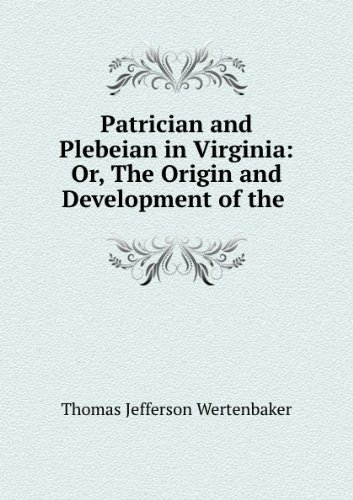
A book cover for Patrician and Plebeian in Virginia; Thomas J. Wertenbaker; Sports & Outdoors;